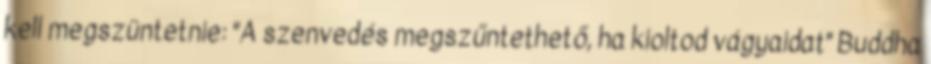
kell megszüntetnie: "A szenvedés megszűntethető, ha kioltod vágyaidat" Buddha